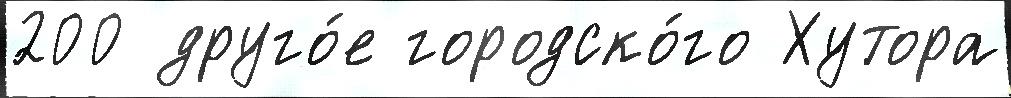
200 друго́е городско́го Хутора